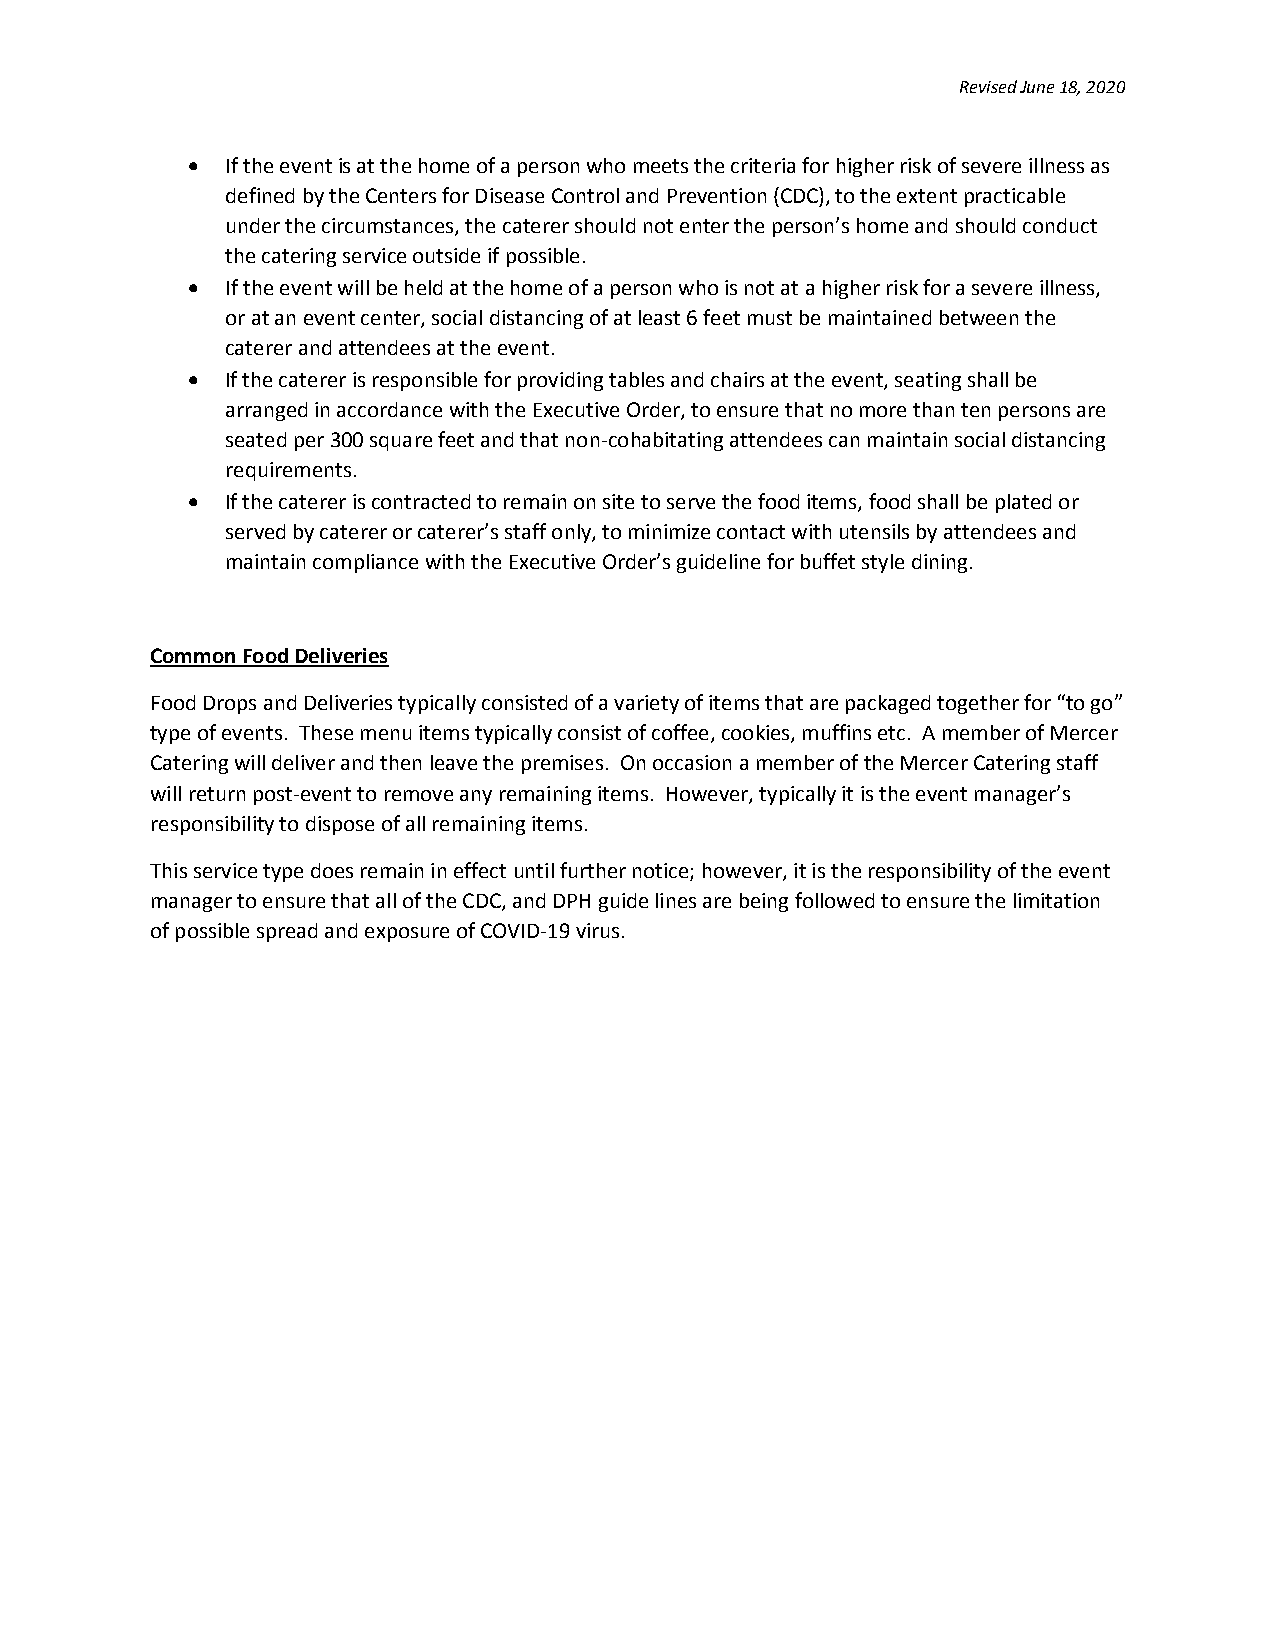
Revised June 18, 2020
   If the event is at the home of a person who meets the criteria for higher risk of severe illness as
 defined by the Centers for Disease Control and Prevention (CDC), to the extent practicable
 under the circumstances, the caterer should not enter the person’s home and should conduct
 the catering service outside if possible.
   If the event will be held at the home of a person who is not at a higher risk for a severe illness,
 or at an event center, social distancing of at least 6 feet must be maintained between the
 caterer and attendees at the event.
   If the caterer is responsible for providing tables and chairs at the event, seating shall be
 arranged in accordance with the Executive Order, to ensure that no more than ten persons are
 seated per 300 square feet and that non-cohabitating attendees can maintain social distancing
 requirements.
   If the caterer is contracted to remain on site to serve the food items, food shall be plated or
 served by caterer or caterer’s staff only, to minimize contact with utensils by attendees and
 maintain compliance with the Executive Order’s guideline for buffet style dining.
 Common Food Deliveries
 Food Drops and Deliveries typically consisted of a variety of items that are packaged together for “to go”
 type of events. These menu items typically consist of coffee, cookies, muffins etc. A member of Mercer
 Catering will deliver and then leave the premises. On occasion a member of the Mercer Catering staff
 will return post-event to remove any remaining items. However, typically it is the event manager’s
 responsibility to dispose of all remaining items.
 This service type does remain in effect until further notice; however, it is the responsibility of the event
 manager to ensure that all of the CDC, and DPH guide lines are being followed to ensure the limitation
 of possible spread and exposure of COVID-19 virus.